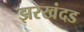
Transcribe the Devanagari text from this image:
झरखंदड